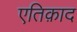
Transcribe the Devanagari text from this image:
एतिक़ाद